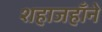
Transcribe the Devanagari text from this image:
शहाजहाँने